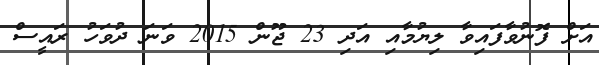
އަށް ފޮނުވާފައިވާ ލިޔުމާއި އަދި 23 ޖޫން 2015 ވަނަ ދުވަހު ރައީސް